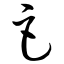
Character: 巨